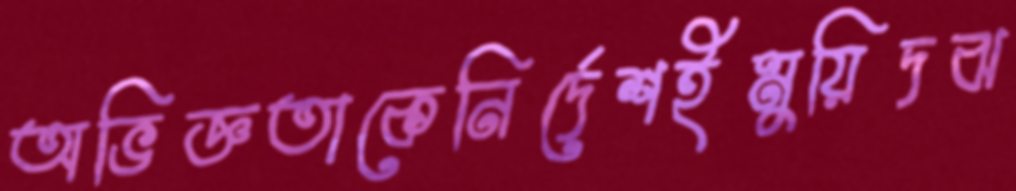
অভিজ্ঞতাকেনির্দেশইমুয়িদঝ